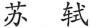
苏 轼